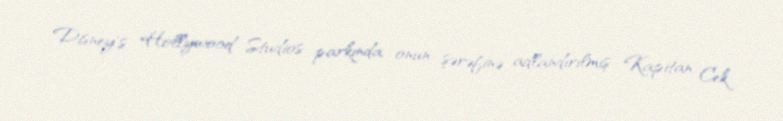
Disney's Hollywood Studios parkında onun şərəfinə adlandırılmış Kapitan Cek